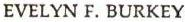
EVELYN F. BURKEY